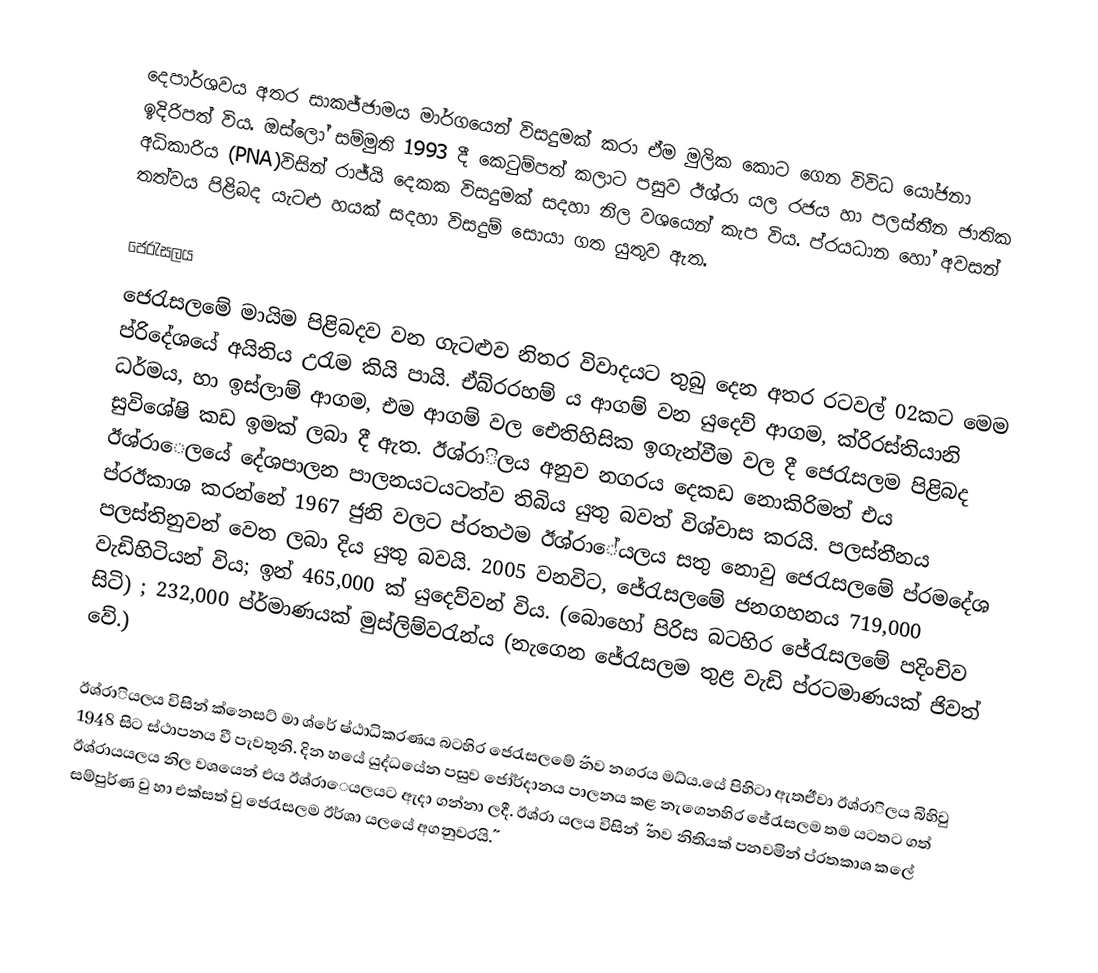
දෙපාර්ශවය අතර සාකජ්ජාමය මාර්ගයෙන් විසදුමක් කරා ඒම මුලික කොට ගෙන විවිධ යෝජනා ඉදිරිපත් විය. ඔස්ලෝ සම්මුති 1993 දී කෙටුම්පත් කලාට පසුව ඊශ්රා යල රජය හා පලස්තීන ජාතික අධිකාරිය (PNA)විසින් රාජ්යි දෙකක විසදුමක් සදහා නිල වශයෙන් කැප විය. ප්රයධාන හෝ අවසන් තත්වය පිළිබද යැටළු හයක් සදහා විසදුම් සොයා ගත යුතුව ඇත.

ජෙරැසලය
ජෙරැසලමේ මායිම පිළිබදව වන ගැටළුව නිතර විවාදයට තුබු දෙන අතර රටවල් 02කට මෙම ප්රිදේශයේ අයිතිය උරැම කියි පායි. ඒබ්රරහම් ය ආගම් වන යුදෙව් ආගම, ක්රිරස්තියානි ධර්මය, හා ඉස්ලාම් ආගම, එම ආගම් වල ඓතිහිසික ඉගැන්වීම වල දී ජෙරැසලම පිළිබද  සුවිශේෂි කඩ ඉමක් ලබා දී ඇත. ඊශ්රාිලය අනුව නගරය දෙකඩ නොකිරිමත් එය ඊශ්රාෙලයේ දේශපාලන පාලනයටයටත්ව තිබිය යුතු බවත් විශ්වාස කරයි. පලස්තීනය ප්රඊකාශ කරන්නේ 1967 ජුනි වලට ප්රතථම ඊශ්රාේයලය සතු නොවු ජෙරැසලමේ ප්රමදේශ පලස්තිනුවන් වෙත ලබා දිය යුතු බවයි. 2005 වනවිට, ජේරැසලමේ ජනගහනය 719,000 වැඩිහිටියන් විය; ඉන් 465,000 ක් යුදෙව්වන් විය. (බොහෝ පිරිස බටහිර ජේරැසලමේ පදිංචිව සිටි) ; 232,000 ප්ර්මාණයක් මුස්ලිම්වරැන්ය (නැගෙන ජේරැසලම තුළ වැඩි ප්රටමාණයක් ජිවත් වේ.)

ඊශ්රාියලය විසින් ක්නෙසට් මා ශ්රේ ෂ්ඨාධිකරණය බ‍ටහිර ජෙරැසලමේ ˝නව නගරය මධ්ය.යේ පිහිටා ඇත˝ඒවා ඊශ්රාිලය බිහිවු 1948 සිට ස්ථාපනය වී පැවතුනි. දින හයේ යුද්ධයේන පසුව ජෝර්දානය පාලනය කළ නැගෙනහිර ජේරැසලම තම යටතට ගත් ඊශ්රායයලය නිල වශයෙන් එය ඊශ්රාෙයලයට ඇදා ගන්නා ලදී. ඊශ්රා යලය විසින් ˝ නව නිතියක් පනවමින් ප්රතකාශ කලේ සම්පුර්ණ වු හා එක්සත් වු ජෙරැසලම ඊර්ශා යලයේ අගනුවරයි˝.